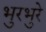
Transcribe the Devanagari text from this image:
भुरभुरे